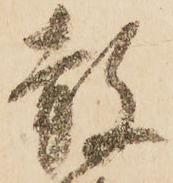
赦